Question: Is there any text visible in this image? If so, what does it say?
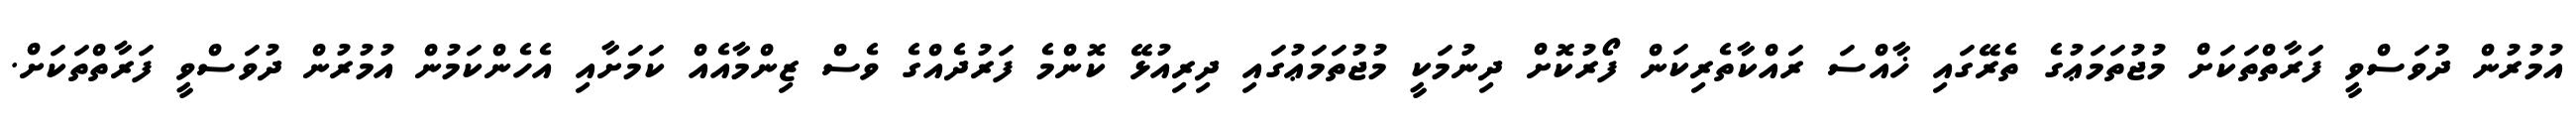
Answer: އުމުރުން ދުވަސްވީ ފަރާތްތަކަށް މުޖުތަމަޢުގެ ތެރޭގައި ޚާއްސަ ރައްކާތެރިކަން ފޯރުކޮށް ދިނުމަކީ މުޖުތަމަޢުގައި ދިރިއުޅޭ ކޮންމެ ފަރުދެއްގެ ވެސް ޒިންމާއެއް ކަމަށާއި އެހެންކަމުން އުމުރުން ދުވަސްވީ ފަރާތްތަކަށް.